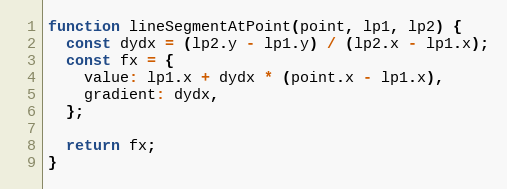
Language: JavaScript
function lineSegmentAtPoint(point, lp1, lp2) {
  const dydx = (lp2.y - lp1.y) / (lp2.x - lp1.x);
  const fx = {
    value: lp1.x + dydx * (point.x - lp1.x),
    gradient: dydx,
  };

  return fx;
}